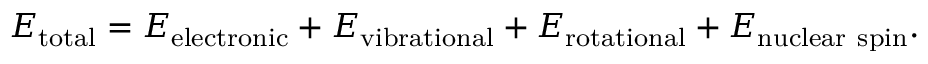
E _ { \mathrm { t o t a l } } = E _ { \mathrm { e l e c t r o n i c } } + E _ { \mathrm { v i b r a t i o n a l } } + E _ { \mathrm { r o t a t i o n a l } } + E _ { \mathrm { n u c l e a r ~ s p i n } } .